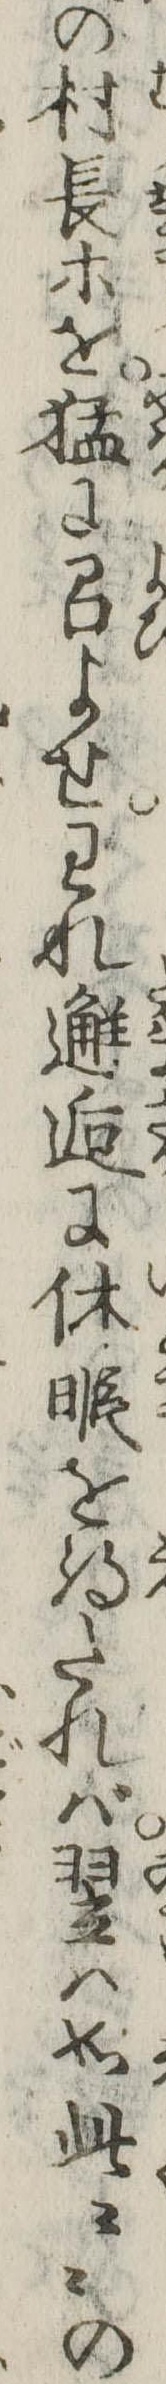
の村長等を猛に召よせわれ逅に休暇を得たれば翌は如此々々の